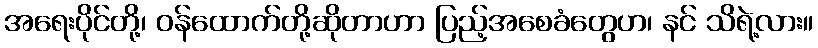
အရေးပိုင်တို့၊ ဝန်ထောက်တို့ဆိုတာဟာ ပြည့်အစေခံတွေဟ၊ နင် သိရဲ့လား။